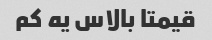
قیمتا بالاس یه کم